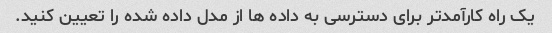
یک راه کارآمدتر برای دسترسی به داده ها از مدل داده شده را تعیین کنید.